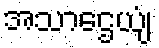
အသာဌေယျံ